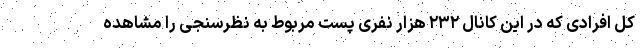
کل افرادی که در این کانال ۲۳۲ هزار نفری پست مربوط به نظرسنجی را مشاهده